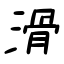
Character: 滑